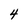
Character: 4